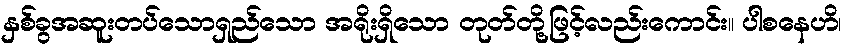
နှစ်ခွအဆူးတပ်သောရှည်သော အရိုးရှိသော တုတ်တို့ဖြင့်လည်းကောင်း။ ပါစနေဟိ၊